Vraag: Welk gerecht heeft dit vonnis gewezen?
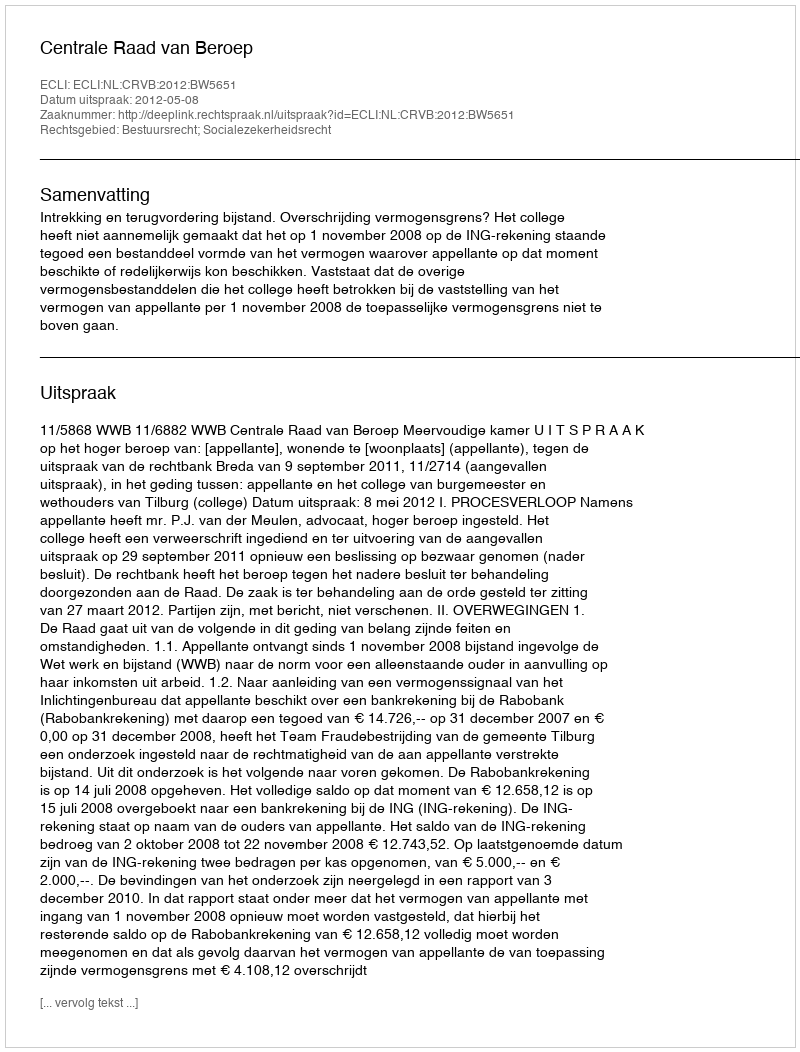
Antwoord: Centrale Raad van Beroep